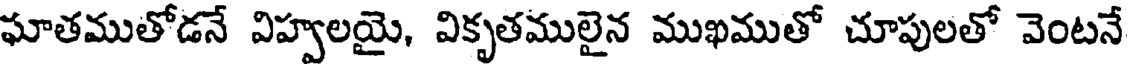
ఘాతముతోడనే విహ్వలయై, వికృతములైన ముఖముతో చూపులతో వెంటనే